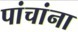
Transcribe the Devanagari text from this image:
पांचांना